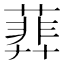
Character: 𦻥